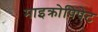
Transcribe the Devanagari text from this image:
माइक्रोपिपेट